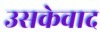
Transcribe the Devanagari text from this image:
उसकेवाद